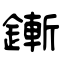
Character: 鏩